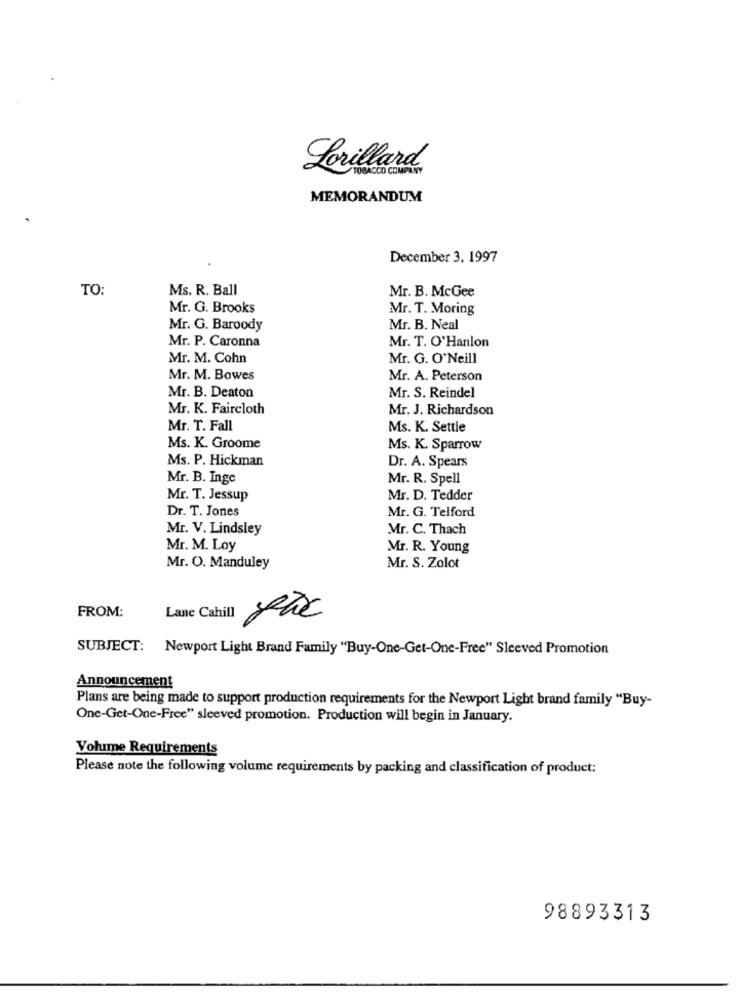
Lorillard
TOBACCO COMPLETO
MEMORANDUM
December 3, 1997
TO:
Ms. R. Ball
Mr. B. McGee
Mr. G. Brooks
Mr. T. Moring
Mr. G. Baroody
Mr. B. Neal
Mr. P. Caronna
Mr. T. O'Hanlon
Mr. M. Cohn
Mr. G. O'Neill
Mr. M. Bawes
Mr. A. Peterson
Mr. S. Reindel
Mr. B. Deaton
Mr. K. Faircloth
Mr. J. Richardson
Mr. T. Fall
Ms. K. Settle
Ms. K. Groome
Ms. K. Sparrow
Ms. P. Hickman
Dr. A. Spears
Mr. B. Inge
Mr. R. Spell
Mr. T. Jessup
Mr. D. Tedder
Dr. T. Jones
Mr. G. Telford
Mr. V. Lindsley
Mr. C. Thach
Mr. M. Loy
Mr. R. Young
Mr. O. Manduley
Mr. S. Zolot
FROM:
Lane Cahill
SUBJECT: Newport Light Brand Family "Buy-One-Get-One-Free" Sleeved Promotion
Announcement
Plans are being made to support production requirements for the Newport Light brand family "Buy-
One-Get-One-Free" sleeved promotion. Production will begin in January.
Volume Requirements
Please note the following volume requirements by packing and classification of product:
98893313